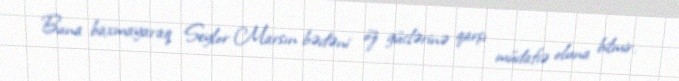
Buna baxmayaraq Seylor Marsın bədəni öz güclərinə qarşı müdafiə oluna bilmir.